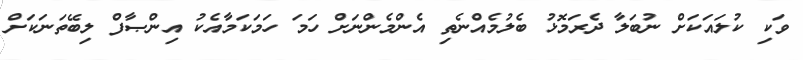
ވަކި ކުލައަކަށް ނުބަލާ ދެރަމޮޅު ބެލުމެއްނެތި އެންމެންނަށް ހަމަ ހަމަކަމާއެކު އިންޞާފް ލިބޭތަނަކަށް